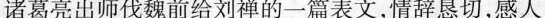
诸葛亮出师伐魏前给刘禅的一篇表文，情辞恳切，感人